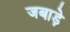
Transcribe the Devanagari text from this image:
जबाड़े